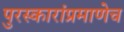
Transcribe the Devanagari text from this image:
पुरस्कारांप्रमाणेच